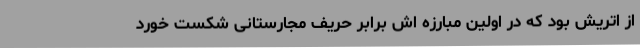
از اتریش بود که در اولین مبارزه اش برابر حریف مجارستانی شکست خورد